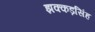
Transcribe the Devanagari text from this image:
झक्कड़सिंह